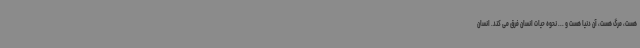
هست، مرگ هست، آن دنیا هست و ... نحوه حیات انسان فرق می کند. انسان